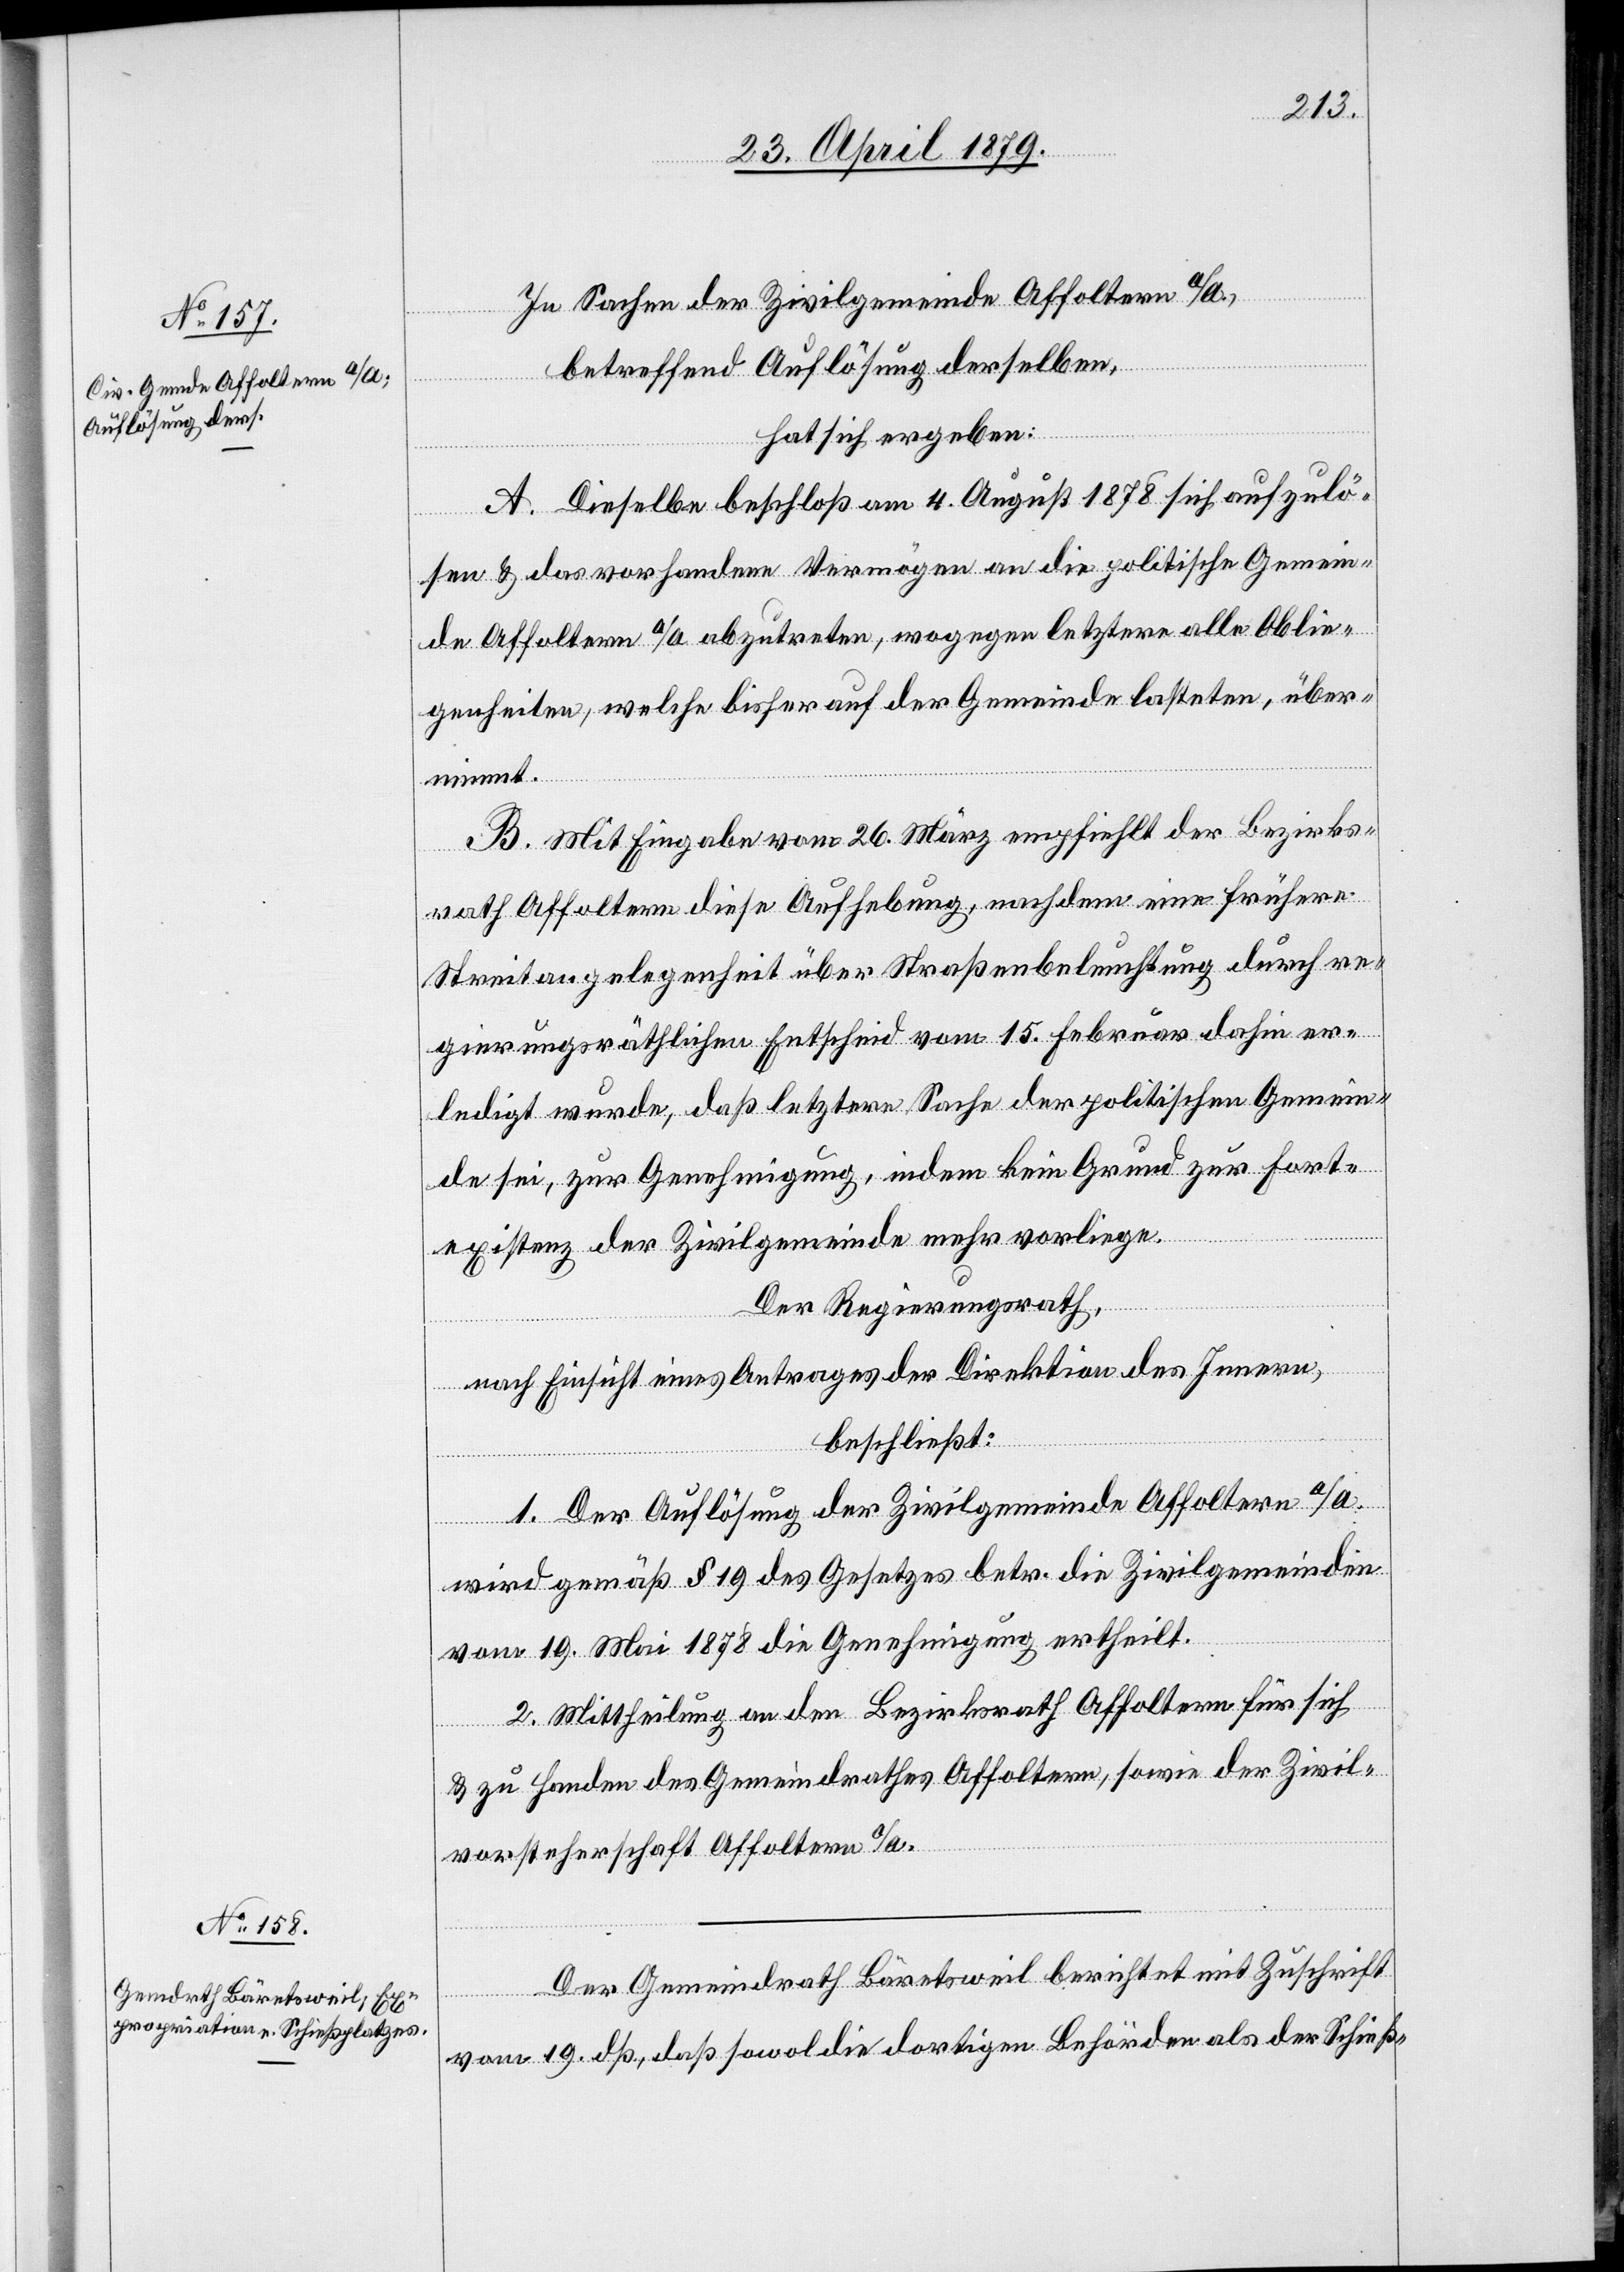
In Sachen der Zivilgemeinde Affoltern a/A.,
betreffend Auflösung derselben,
hat sich ergeben:
A. Dieselbe beschloß am 4. August 1878 sich aufzulö¬
sen & das vorhandene Vermögen an die politische Gemein¬
de Affoltern a/A. abzutreten, wogegen letztere alle Oblie¬
genheiten, welche bisher auf der Gemeinde lasteten, über¬
nimmt.
B. Mit Eingabe vom 26. März empfiehlt der Bezirks¬
rath Affoltern diese Aufhebung, nachdem eine frühere
Streitangelegenheit über Straßenbeleuchtung durch re¬
gierungsräthlichen Entscheid vom 15. Februar dahin er¬
ledigt wurde, daß letztere Sache der politischen Gemein¬
de sei, zur Genehmigung, indem kein Grund zur Fort¬
existenz der Zivilgemeinde mehr vorliege.
Der Regierungsrath,
nach Einsicht eines Antrages der Direktion des Innern,
beschließt:
1. Der Auflösung der Zivilgemeinde Affoltern a/A.
wird gemäß § 19 des Gesetzes betr. die Zivilgemeinden
vom 19. Mai 1878 die Genehmigung ertheilt.
2. Mittheilung an den Bezirksrath Affoltern für sich
& zu Handen des Gemeindrathes Affoltern, sowie der Zivil¬
vorsteherschaft Affoltern a/A.
Der Gemeindrath Bäretsweil berichtet mit Zuschrift
vom 19. dß., daß sowol die dortigen Behörden als der Schieß-